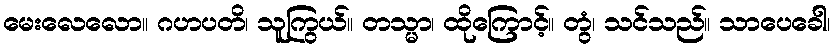
မေးလေလော။ ဂဟပတိ၊ သူကြွယ်။ တသ္မာ၊ ထိုကြောင့်။ တွံ၊ သင်သည်။ သာပေခေါ၊